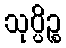
သုပ္ပိဉ္စ